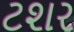
ટશર